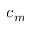
c _ { m }